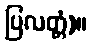
ပြလတ္တံ)။